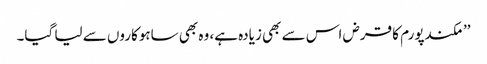
’’مکندپورم کا قرض اس سے بھی زیادہ ہے، وہ بھی ساہوکاروں سے لیا گیا۔